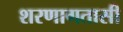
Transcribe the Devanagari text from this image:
शरणागतासी